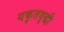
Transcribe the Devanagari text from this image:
यकृतवृद्धी